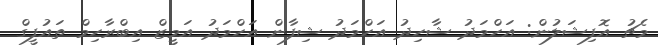
މެޗު އޮފިޝަލުން: އަހްމަދު ޝާހިދު އަހްމަދު ޝިފާން އަހްމަދު އަމީޒް އިބްރާހިމް ތައުފީގް